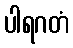
ပါရဂတံ